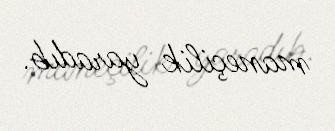
maneçilik yaradıb.